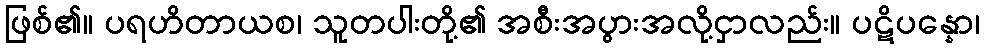
ဖြစ်၏။ ပရဟိတာယစ၊ သူတပါးတို့၏ အစီးအပွားအလို့ငှာလည်း။ ပဋိပန္နော၊